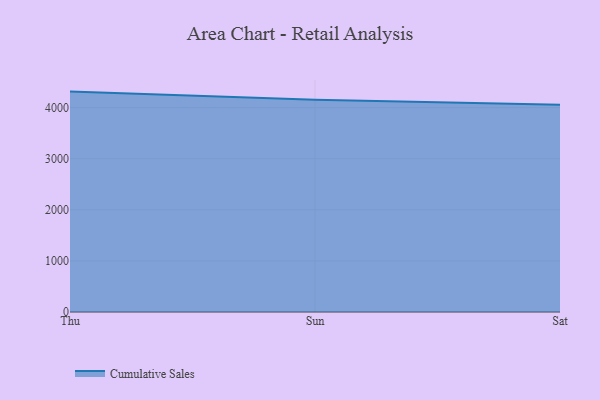
{"axis": {"x": "Day", "y": "Humidity (%)"}, "legend": ["Cumulative Sales"], "data": [{"x": "Thu", "y": 4313.0, "type": "Cumulative Sales"}, {"x": "Sun", "y": 4155.0, "type": "Cumulative Sales"}, {"x": "Sat", "y": 4055.3, "type": "Cumulative Sales"}]}